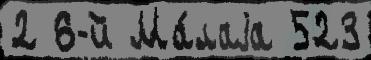
2 6-й Ма́лаjа 523